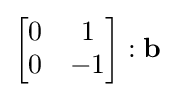
{\begin{bmatrix}0&1\\0&-1\end{bmatrix}}:\mathbf {b}